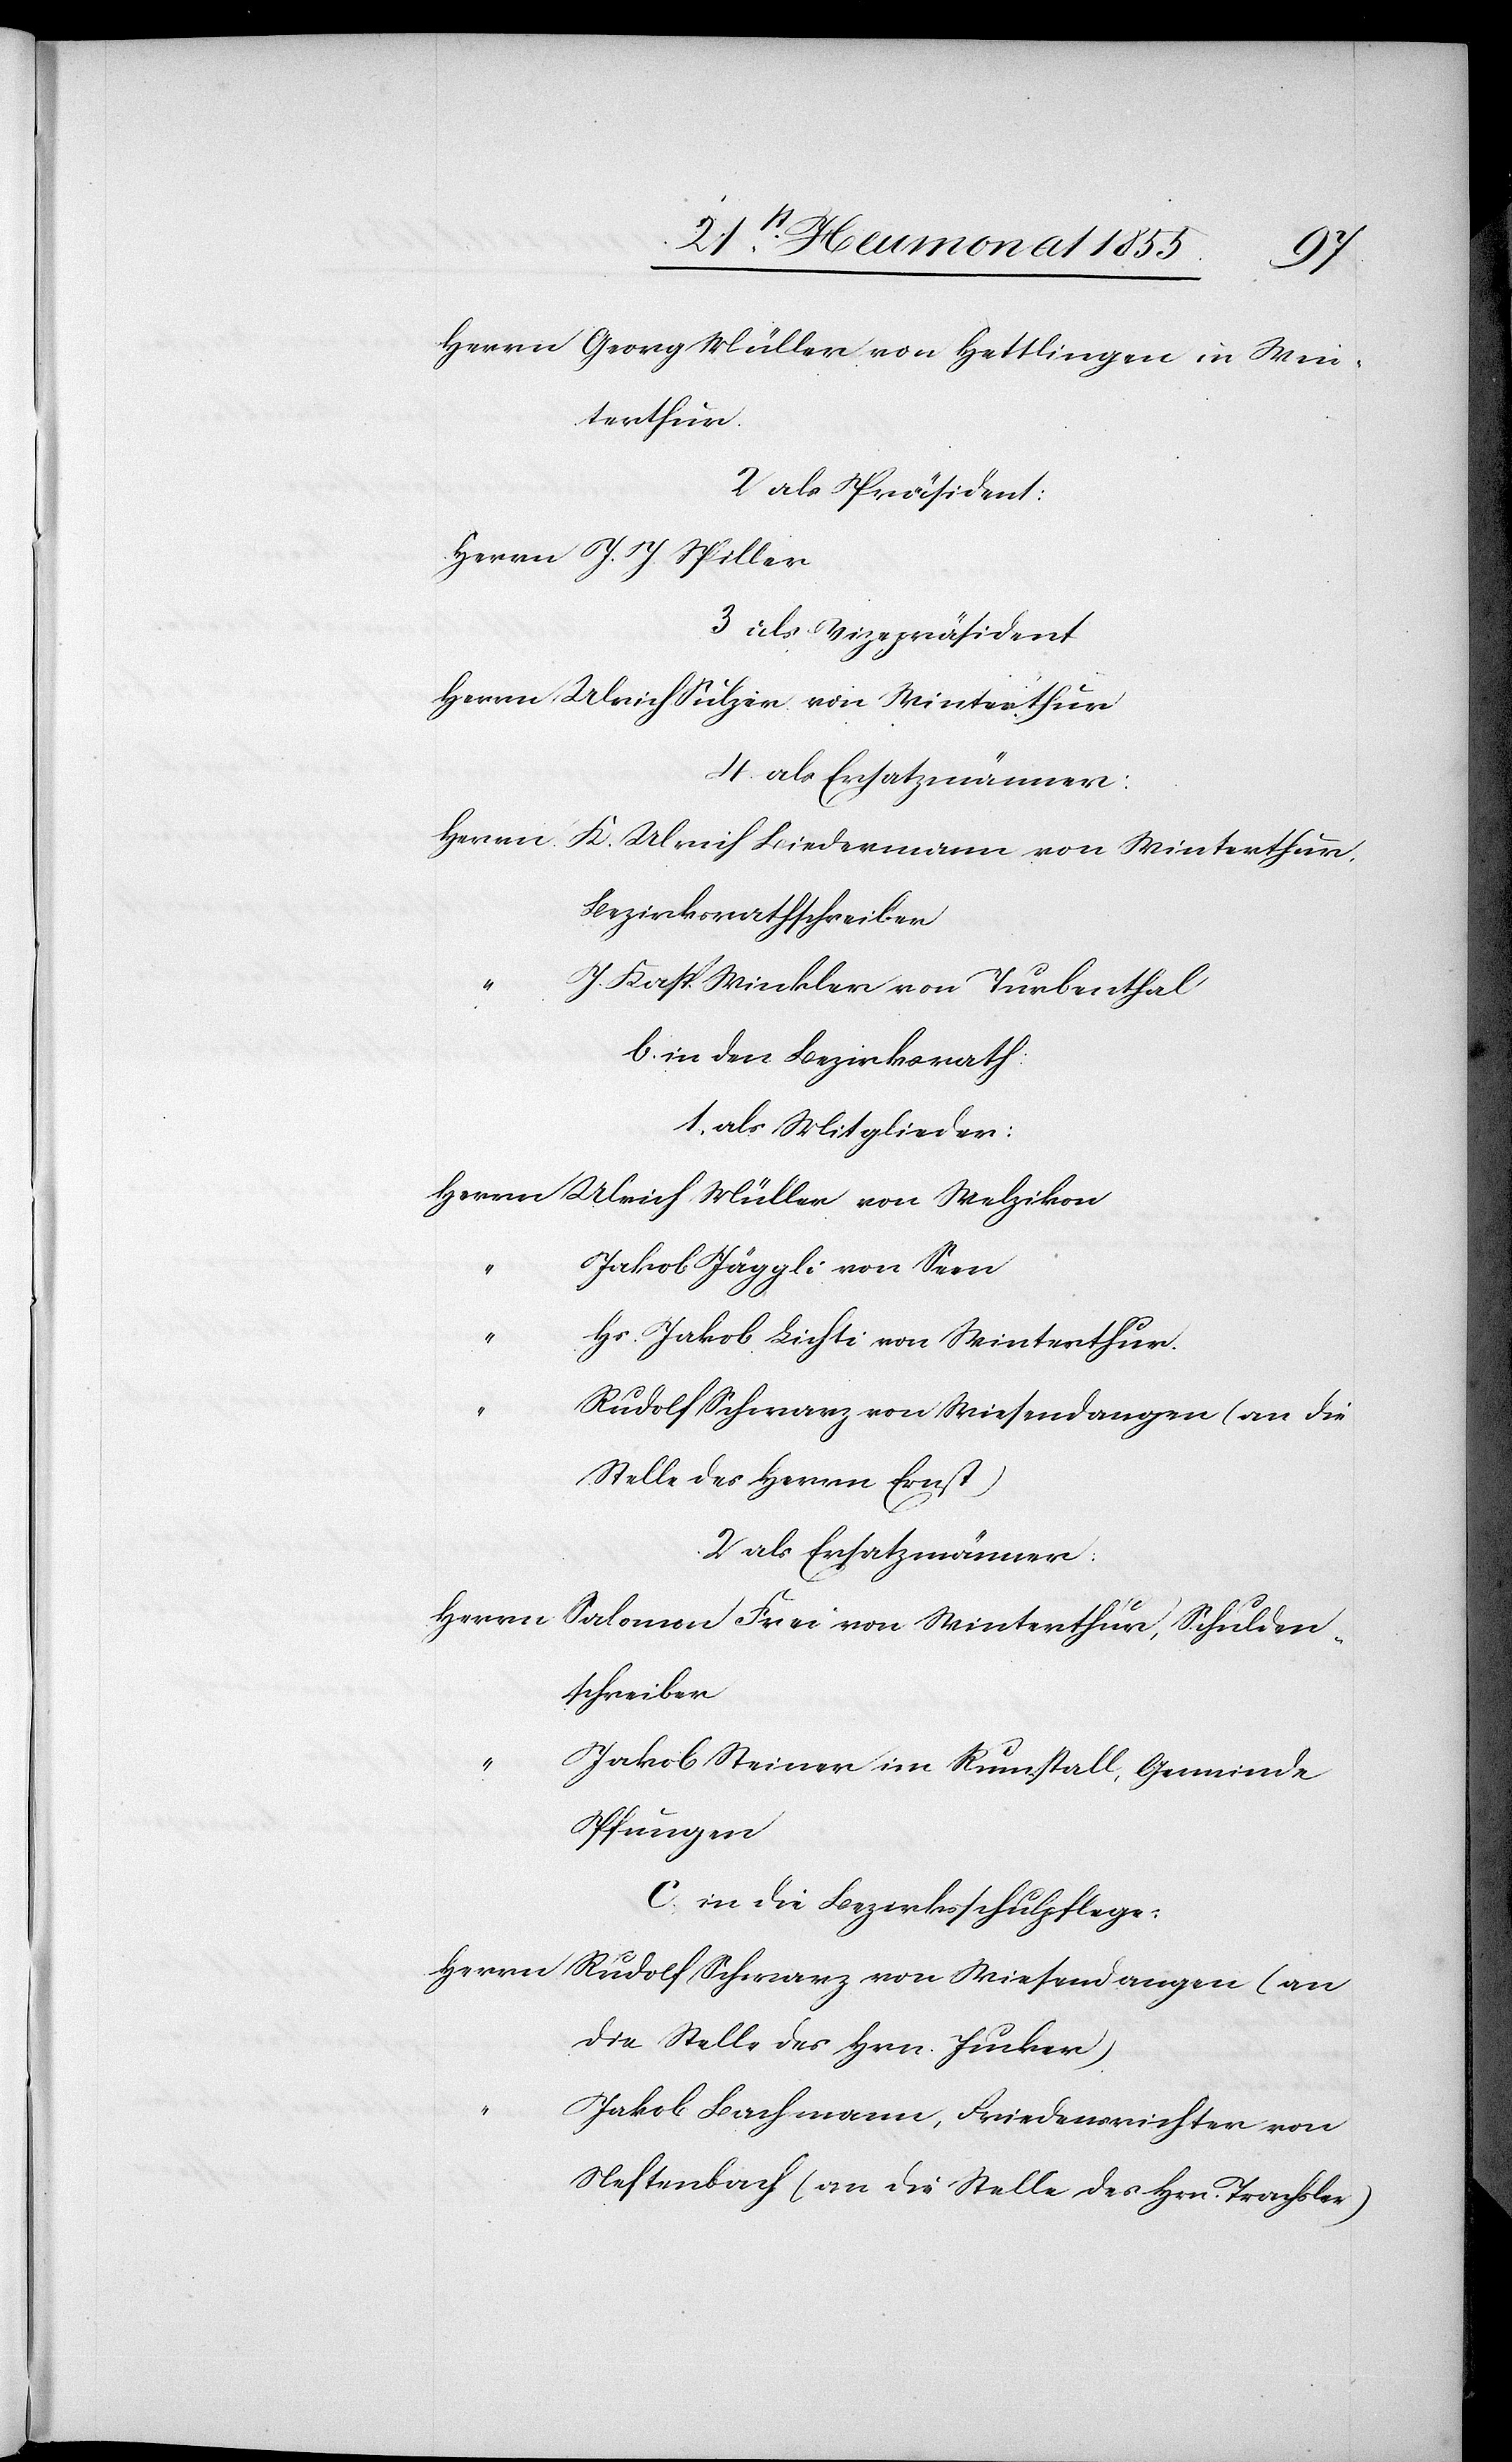
Herrn Georg Müller von Hettlingen in Win¬
terthur.
2 als Präsident:
Herrn J. J. Spiller
3 als Vizepräsident
Herrn Ulrich Sulzer von Winterthur
4. als Ersatzmänner:
Herrn K. Ulrich Biedermann von Winterthur,
Bezirksrathschreiber
J. Kasp. Winkler von Turbenthal
b. in den Bezirksrath:
1, als Mitglieder:
Herrn Ulrich Müller von Welzikon
Jakob Jäggli von Seen
“
Hs. Jakob Lichti von Winterthur.
Rudolf Schwarz von Wiesendangen (an die
Stelle des Herrn Ernst)
2 als Ersatzmänner:
Herrn
Salomon Frei von Winterthur, Schulden¬
schreiber
Jakob Steiner im Rumstall, Gemeinde
Pfungen
c. in die Bezirksschulpflege:
Herrn Rudolf Schwarz von Wiesendangen (an
die Stelle des Hrn. Jucker).
Jakob Bachmann, Friedensrichter von
Neftenbach (an die Stelle des Hrn. Trachsler)